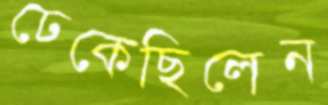
ঢেকেছিলেন